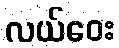
လယ်ဝေး